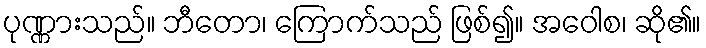
ပုဏ္ဏားသည်။ ဘီတော၊ ကြောက်သည် ဖြစ်၍။ အဝေါစ၊ ဆို၏။